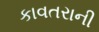
કાવતરાની